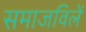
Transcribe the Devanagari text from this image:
समाजविलें